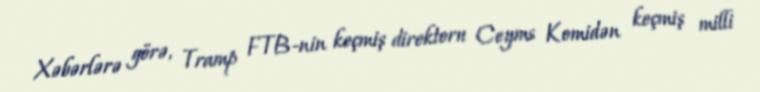
Xəbərlərə görə, Tramp FTB-nin keçmiş direktoru Ceyms Komidən keçmiş milli